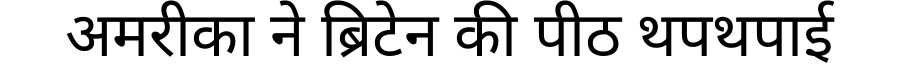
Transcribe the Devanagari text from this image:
अमरीका ने ब्रिटेन की पीठ थपथपाई